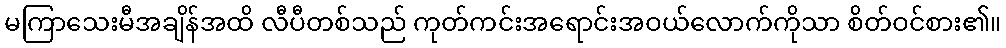
မကြာသေးမီအချိန်အထိ လီပီတစ်သည် ကုတ်ကင်းအရောင်းအဝယ်လောက်ကိုသာ စိတ်ဝင်စား၏။